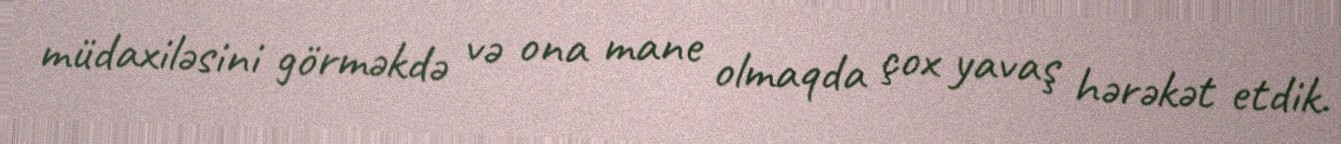
müdaxiləsini görməkdə və ona mane olmaqda çox yavaş hərəkət etdik.